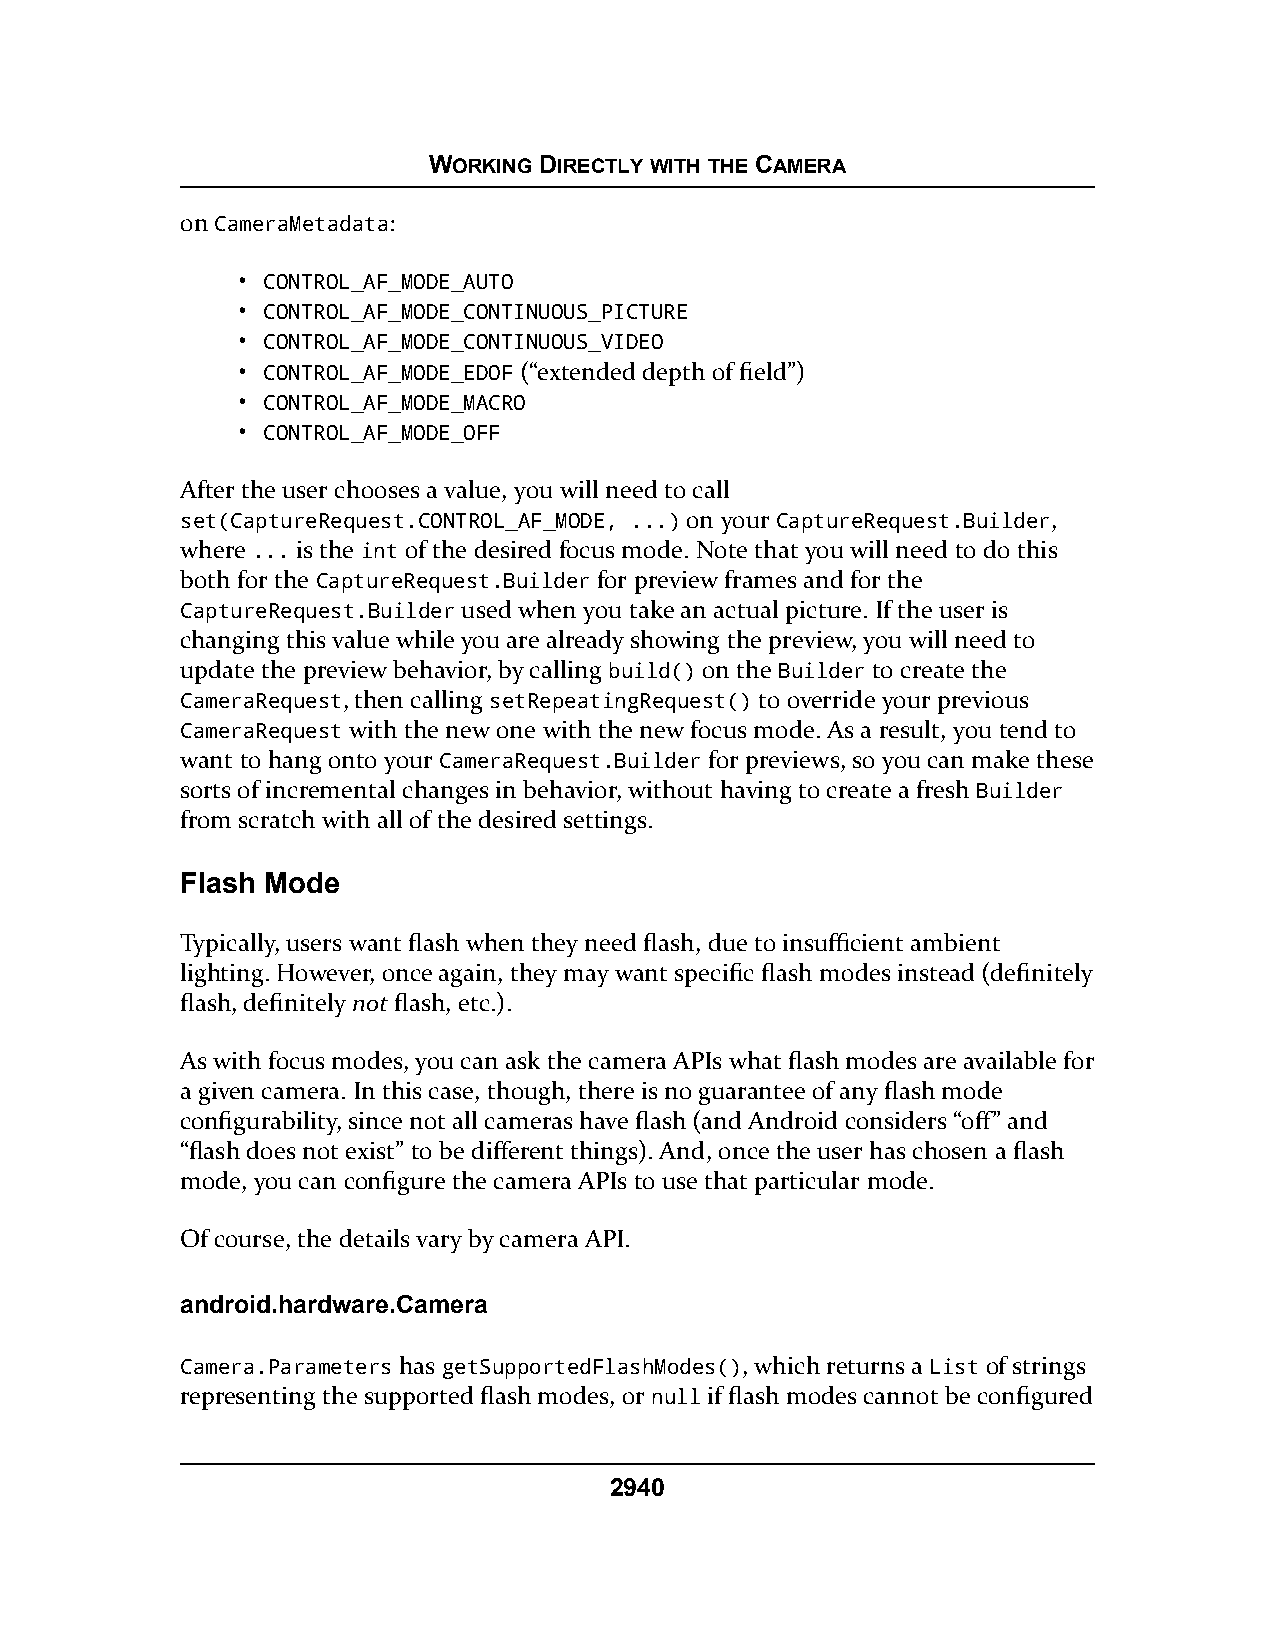
WORKING DIRECTLY WITH THE CAMERA
 on CameraMetadata:
 • CONTROL_AF_MODE_AUTO
 • CONTROL_AF_MODE_CONTINUOUS_PICTURE
 • CONTROL_AF_MODE_CONTINUOUS_VIDEO
 • CONTROL_AF_MODE_EDOF (“extended depth of field”)
 • CONTROL_AF_MODE_MACRO
 • CONTROL_AF_MODE_OFF
 After the user chooses a value, you will need to call
 set(CaptureRequest.CONTROL_AF_MODE, ...) on your CaptureRequest.Builder,
 where ... is the int of the desired focus mode. Note that you will need to do this
 both for the CaptureRequest.Builder for preview frames and for the
 CaptureRequest.Builder used when you take an actual picture. If the user is
 changing this value while you are already showing the preview, you will need to
 update the preview behavior, by calling build() on the Builder to create the
 CameraRequest, then calling setRepeatingRequest() to override your previous
 CameraRequest with the new one with the new focus mode. As a result, you tend to
 want to hang onto your CameraRequest.Builder for previews, so you can make these
 sorts of incremental changes in behavior, without having to create a fresh Builder
 from scratch with all of the desired settings.
 Flash Mode
 Typically, users want flash when they need flash, due to insufficient ambient
 lighting. However, once again, they may want specific flash modes instead (definitely
 flash, definitely not flash, etc.).
 As with focus modes, you can ask the camera APIs what flash modes are available for
 a given camera. In this case, though, there is no guarantee of any flash mode
 configurability, since not all cameras have flash (and Android considers “off” and
 “flash does not exist” to be different things). And, once the user has chosen a flash
 mode, you can configure the camera APIs to use that particular mode.
 Of course, the details vary by camera API.
 android.hardware.Camera
 Camera.Parameters has getSupportedFlashModes(), which returns a List of strings
 representing the supported flash modes, or null if flash modes cannot be configured
 2940